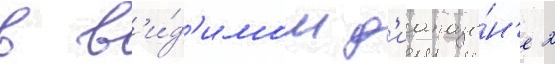
в в'и́д'имом д'иапазо́н'е 2